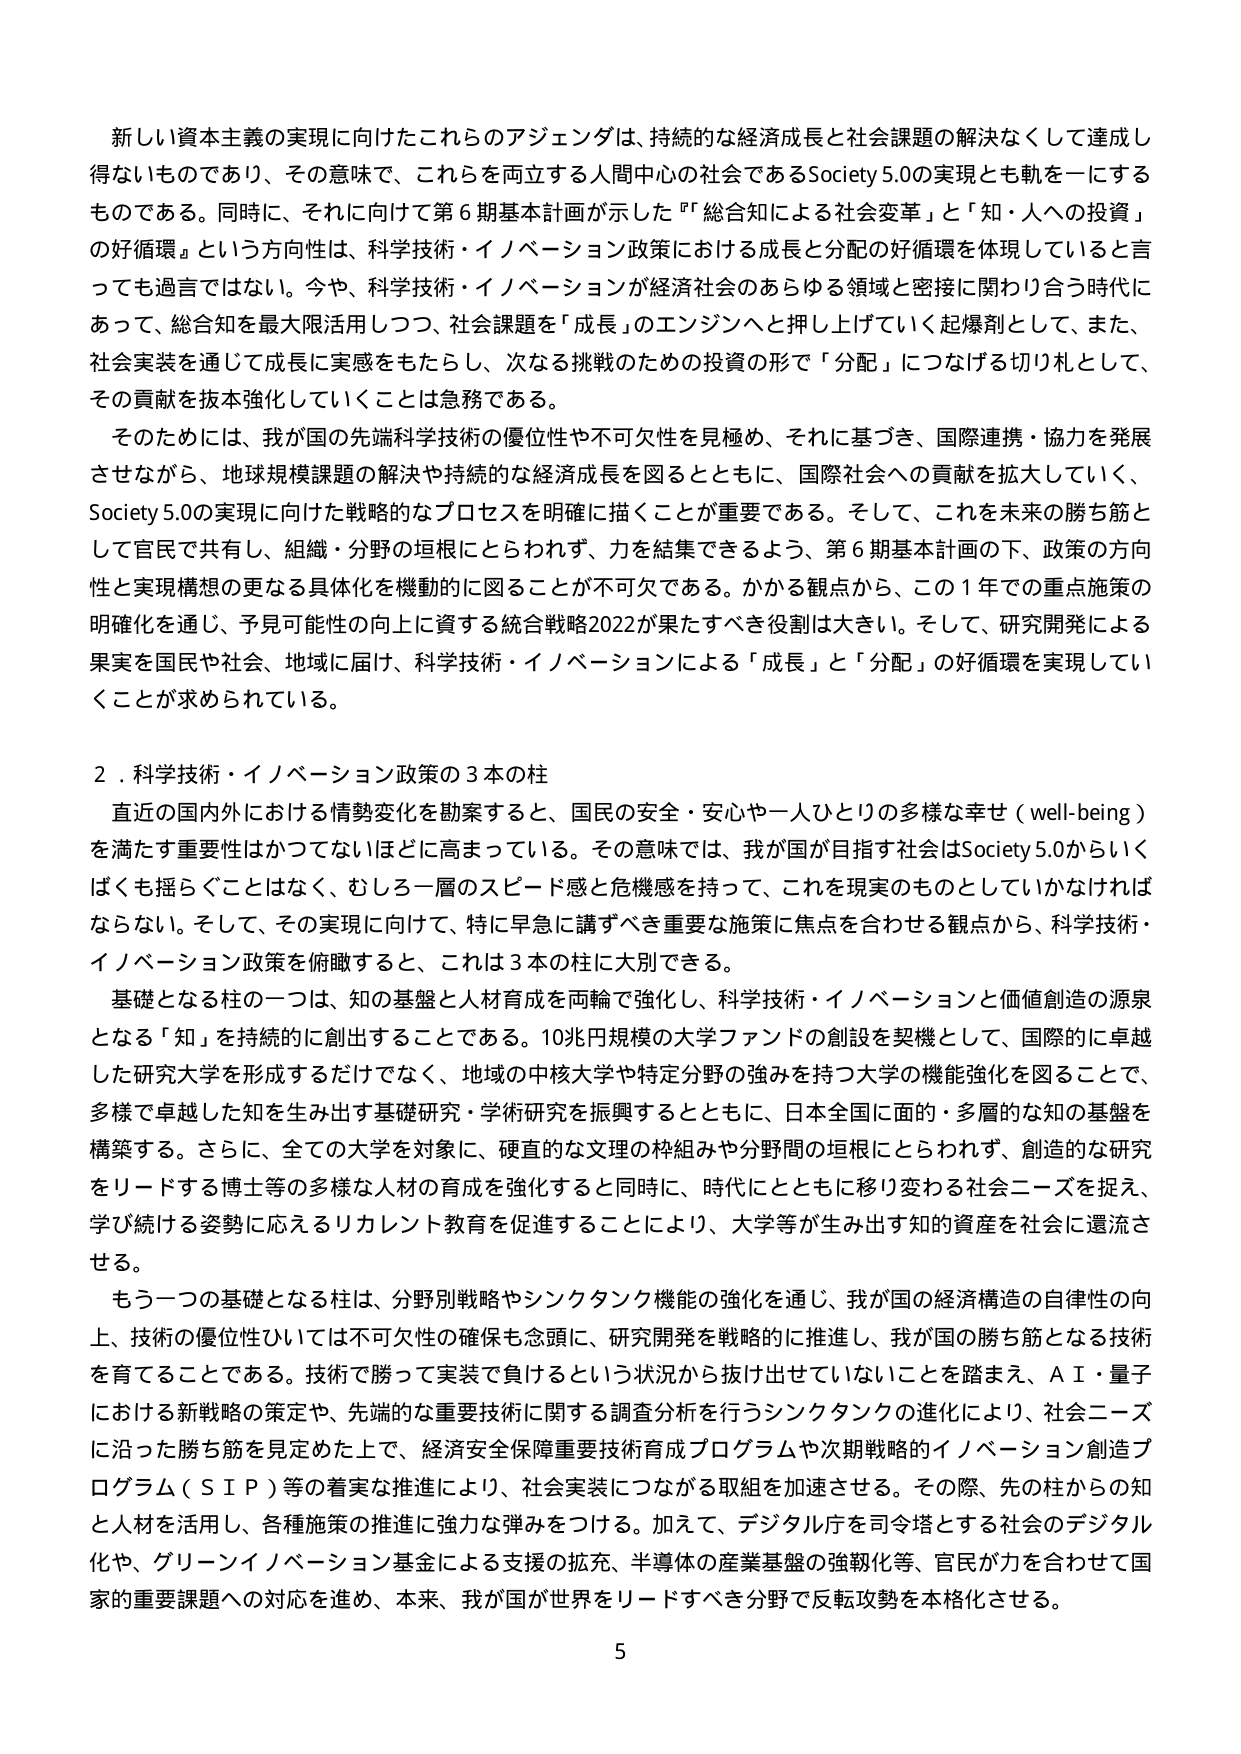
新しい資本主義の実現に向けたこれらのアジェンダは、持続的な経済成長と社会課題の解決なくして達成し得ないものであり、その意味で、これらを両立する人間中心の社会であるSociety 5.0の実現とも軌を一にするものである。同時に、それに向けて第６期基本計画が示した「総合知による社会変革」と「知・人への投資」の好循環」という方向性は、科学技術・イノベーション政策における成長と分配の好循環を体現していると言っても過言ではない。今や、科学技術・イノベーションが経済社会のあらゆる領域と密接に関わり合う時代にあって、総合知を最大限活用しつつ、社会課題を「成長」のエンジンへと押し上げていく起爆剤として、また、社会実装を通じて成長に実感をもたらし、次なる挑戦のための投資の形で「分配」につなげる切り札として、その貢献を抜本強化していくことは急務である。

そのためには、我が国の先端科学技術の優位性や不可欠性を見極め、それに基づき、国際連携・協力を発展させながら、地球規模課題の解決や持続的な経済成長を図るとともに、国際社会への貢献を拡大していく、Society 5.0の実現に向けた戦略的なプロセスを明確に描くことが重要である。そして、これを未来の勝ち筋として官民で共有し、組織・分野の垣根にとらわれず、力を結集できるよう、第６期基本計画の下、政策の方向性と実現構想の更なる具体化を機動的に図ることが不可欠である。かかる観点から、この１年での重点施策の明確化を通じ、予見可能性の向上に資する統合戦略2022が果たすべき役割は大きい。そして、研究開発による果実を国民や社会、地域に届け、科学技術・イノベーションによる「成長」と「分配」の好循環を実現していくことが求められている。

２．科学技術・イノベーション政策の３本の柱

直近の国内外における情勢変化を勘案すると、国民の安全・安心や一人ひとりの多様な幸せ（well-being）を満たす重要性はかつてないほどに高まっている。その意味では、我が国が目指す社会はSociety 5.0からいくばくも揺らぐことはなく、むしろ一層のスピード感と危機感を持って、これを現実のものとしていかなければならない。そして、その実現に向けて、特に早急に講ずべき重要な施策に焦点を合わせる観点から、科学技術・イノベーション政策を俯瞰すると、これは３本の柱に大別できる。

基礎となる柱の一つは、知の基盤と人材育成を両輪で強化し、科学技術・イノベーションと価値創造の源泉となる「知」を持続的に創出することである。10兆円規模の大学ファンドの創設を契機として、国際的に卓越した研究大学を形成するだけでなく、地域の中核大学や特定分野の強みを持つ大学の機能強化を図ることで、多様で卓越した知を生み出す基礎研究・学術研究を振興するとともに、日本全国に面的・多層的な知の基盤を構築する。さらに、全ての大学を対象に、硬直的な文理の枠組みや分野間の垣根にとらわれず、創造的な研究をリードする博士等の多様な人材の育成を強化すると同時に、時代にともに移り変わる社会ニーズを捉え、学び続ける姿勢に応えるリカレント教育を促進することにより、大学等が生み出す知的資産を社会に還流させる。

もう一つの基礎となる柱は、分野別戦略やシンクタンク機能の強化を通じ、我が国の経済構造の自律性の向上、技術の優位性ひいては不可欠性の確保も念頭に、研究開発を戦略的に推進し、我が国の勝ち筋となる技術を育てることである。技術で勝って実装で負けるという状況から抜け出せていないことを踏まえ、ＡＩ・量子における新戦略の策定や、先端的な重要技術に関する調査分析を行うシンクタンクの進化により、社会ニーズに沿った勝ち筋を見定めた上で、経済安全保障重要技術育成プログラムや次期戦略的イノベーション創造プログラム（ＳＩＰ）等の着実な推進により、社会実装につながる取組を加速させる。その際、先の柱からの知と人材を活用し、各種施策の推進に強力な弾みをつける。加えて、デジタル庁を司令塔とする社会のデジタル化や、グリーンイノベーション基金による支援の拡充、半導体の産業基盤の強靭化等、官民が力を合わせて国家的重要課題への対応を進め、本来、我が国が世界をリードすべき分野で反転攻勢を本格化させる。

5